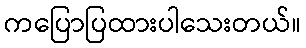
ကပြောပြထားပါသေးတယ်။